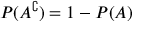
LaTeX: P ( A ^ { \complement } ) = 1 - P ( A )